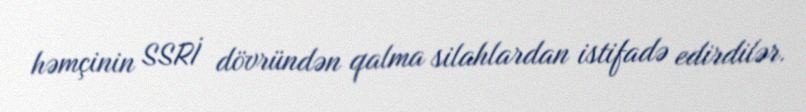
həmçinin SSRİ dövründən qalma silahlardan istifadə edirdilər.